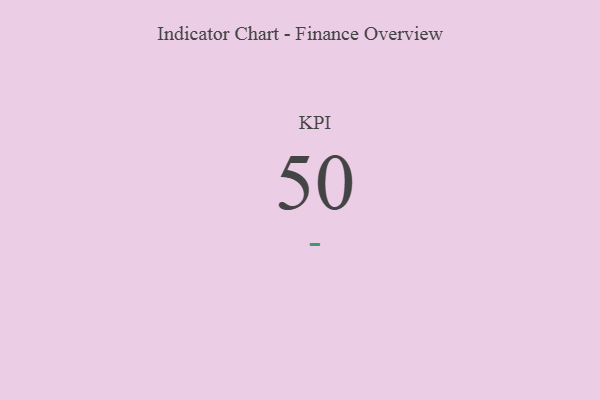
{"axis": {"x": "KPI", "y": "Value"}, "legend": [""], "data": [{"x": "KPI", "y": 50, "type": ""}]}